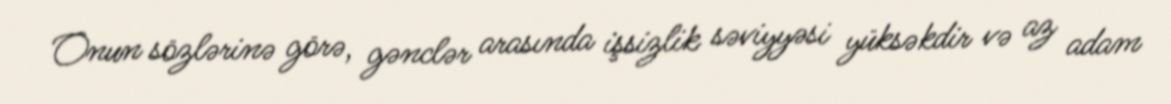
Onun sözlərinə görə, gənclər arasında işsizlik səviyyəsi yüksəkdir və az adam